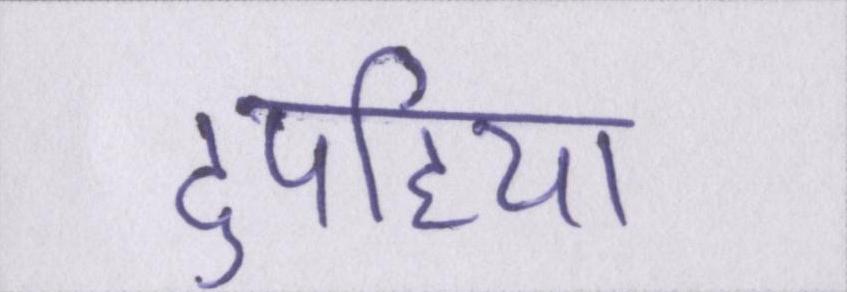
दुपहिया